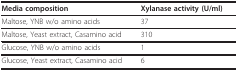
<table><thead><tr><td><b>Media composition</b></td><td><b>Xylanase activity (U/ml)</b></td></tr></thead><tbody><tr><td>Maltose, YNB w/o amino acids</td><td>37</td></tr><tr><td>Maltose, Yeast extract, Casamino acid</td><td>310</td></tr><tr><td>Glucose, YNB w/o amino acids</td><td>1</td></tr><tr><td>Glucose, Yeast extract, Casamino acid</td><td>6</td></tr></tbody></table>